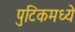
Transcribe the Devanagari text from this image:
पुटिकमध्ये